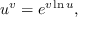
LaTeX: u ^ { v } = e ^ { v \ln u } ,